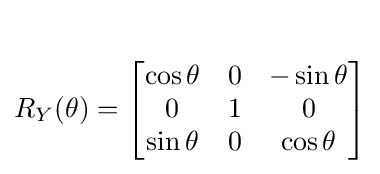
{\begin{aligned}\\R_{Y}(\theta )={\begin{bmatrix}\cos \theta &0&-\sin \theta \\0&1&0\\\sin \theta &0&\cos \theta \end{bmatrix}}\end{aligned}}